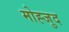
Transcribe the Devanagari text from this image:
मोह्जुद